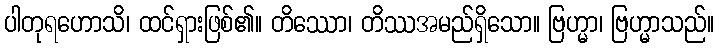
ပါတုရဟောသိ၊ ထင်ရှားဖြစ်၏။ တိဿော၊ တိဿအမည်ရှိသော။ ဗြဟ္မာ၊ ဗြဟ္မာသည်။